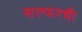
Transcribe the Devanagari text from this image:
सल्फरची